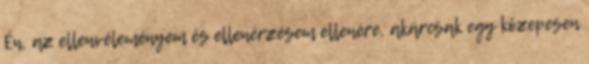
Én, az ellenvéleményem és ellenérzésem ellenére, akárcsak egy közepesen